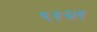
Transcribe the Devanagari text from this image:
९१२१